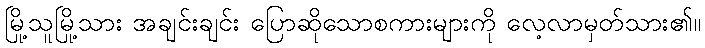
မြို့သူမြို့သား အချင်းချင်း ပြောဆိုသောစကားများကို လေ့လာမှတ်သား၏။